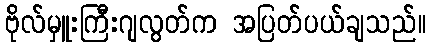
ဗိုလ်မှူးကြီးဂျလွတ်က အပြတ်ပယ်ချသည်။